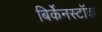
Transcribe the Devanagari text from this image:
बिर्केनस्टॉक